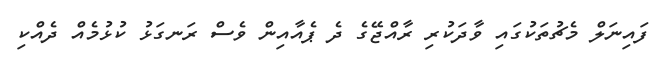
ފައިނަލް މެޗުތަކުގައި ވާދަކުރި ރާއްޖޭގެ ދެ ޕެއާއިން ވެސް ރަނގަޅު ކުޅުމެއް ދެއްކި